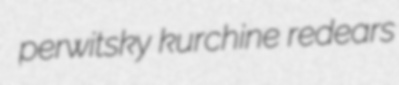
perwitsky kurchine redears